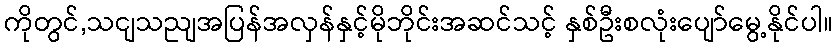
ကိုတွင်,သငျသညျအပြန်အလှန်နှင့်မိုဘိုင်းအဆင်သင့် နှစ်ဦးစလုံးပျော်မွေ့နိုင်ပါ။